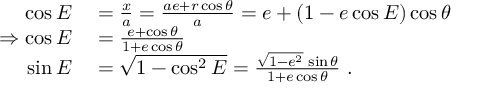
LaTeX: \begin{array} { r l } { \cos E } & { { } = { \frac { x } { a } } = { \frac { a e + r \cos \theta } { a } } = e + ( 1 - e \cos E ) \cos \theta } \\ { \Rightarrow \cos E } & { { } = { \frac { e + \cos \theta } { 1 + e \cos \theta } } } \\ { \sin E } & { { } = { \sqrt { 1 - \cos ^ { 2 } E } } = { \frac { { \sqrt { 1 - e ^ { 2 } } } \, \sin \theta } { 1 + e \cos \theta } } \ . } \end{array}